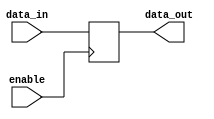
module tri_state_buffer (
    input wire enable,    // Enable signal to pass through
    input wire data_in,   // Input signal to buffer
    output reg data_out    // Output signal from buffer
);

    always @ (posedge enable) begin
        if (enable) begin
            data_out <= data_in;
        end else begin
            data_out <= 1'bz;   // High impedance state
        end
    end

endmodule